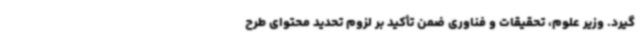
گیرد. وزیر علوم، تحقیقات و فناوری ضمن تأکید بر لزوم تحدید محتوای طرح